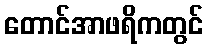
တောင်အာဖရိကတွင်